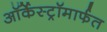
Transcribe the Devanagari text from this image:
ऑर्केस्ट्रॉमार्फत